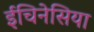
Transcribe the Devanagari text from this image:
ईचिनेसिया